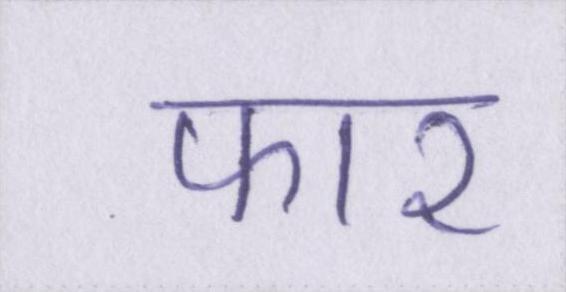
फार